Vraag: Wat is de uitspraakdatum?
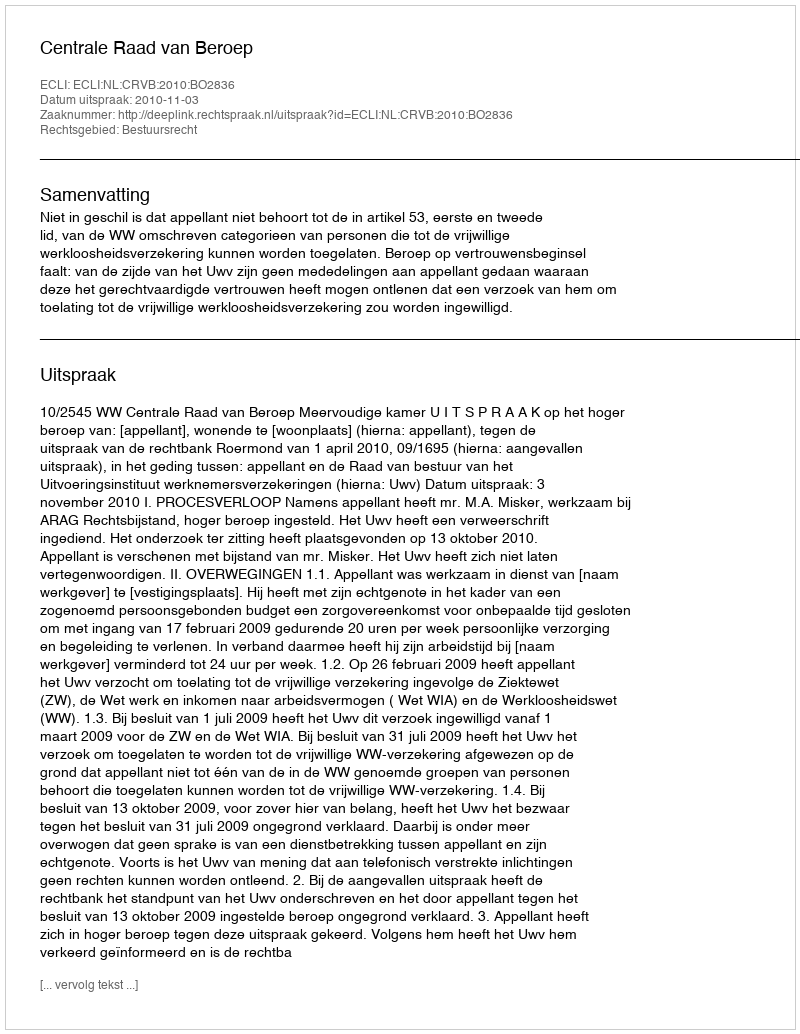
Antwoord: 2010-11-03